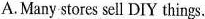
A.Many stores sell DIY things.